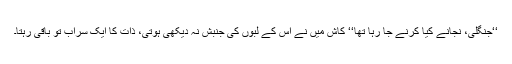
‘‘جنگلی، نجانے کیا کرنے جا رہا تھا‘‘ کاش میں نے اس کے لبوں کی جنبش نہ دیکھی ہوتی، ذات کا ایک سراب تو باقی رہتا۔